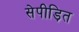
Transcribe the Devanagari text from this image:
सेपीड़ित